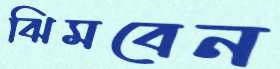
ঝিমবেন